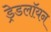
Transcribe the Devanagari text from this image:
ड्रेडलॉयन